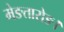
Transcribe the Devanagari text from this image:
मेङतारोङ।